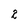
Character: 2